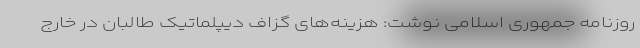
روزنامه جمهوری اسلامی نوشت: هزینه‌های گزاف دیپلماتیک طالبان در خارج